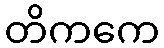
တိကကေ